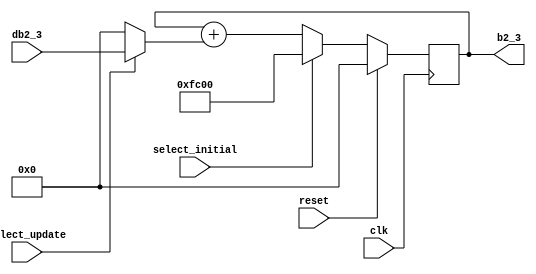
// This program was cloned from: https://github.com/weenslab/fpga101
// License: MIT License

`timescale 1ns / 1ps
//////////////////////////////////////////////////////////////////////////////////
// Company: Kyushu Institute of Technology
// 
// Design Name:    Neural Network (using backpropagation)
// Module Name:    b2_3 
// Project Name:   LSI Design Contest in Okinawa 2018
// Target Devices: 
// Tool versions: 
//
// Description: 
//		Calculation of b2_3, when the select initial signal is active, 
// 	    the output will be the initial value of b2_3, and when the select update 
//		signal is active, the output will be the new value of b2_3
//	Input: 
//		clk	    : 1 bit
//		reset	: 1 bit : high active
//		db2_3	: 16 bits 00_0000.0000_0000_00 signed	 : delta bias2_3
//		select_initial	: 1 bit	: high active
//		select_update	: 1 bit	: high active
//	Output:
//		b2_3	: 16 bits 00_0000.0000_0000_00 signed : bias2_3
// Dependencies: 
//
// Revision: 
// Revision 0.01 - File Created
// Additional Comments: 
//
//////////////////////////////////////////////////////////////////////////////////
module b2_3(clk, reset, db2_3, select_initial, select_update, b2_3);
	
	input clk, reset;
	input select_initial, select_update;
	input signed [15:0] db2_3;
	output signed [15:0] b2_3;
	
	reg signed [15:0] zero = 16'b0;
	reg signed [15:0] b2_3;
	reg signed [15:0] init_b2_3 = 16'b11_1111_0000_0000_00; //initial b2_3 = -1
	reg signed [15:0] net1, net2;
	
	always @(posedge clk)
		begin
			if(reset==1)
				begin
					net1=0;
					net2=0;
					b2_3=0;
				end
			else
				begin
					net1 = select_update? db2_3 : zero;
					net2 = b2_3 + net1;
					b2_3 = select_initial? init_b2_3 : net2;
				end
		end
endmodule